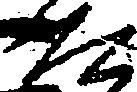
た